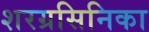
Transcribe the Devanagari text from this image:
शरग्रसिनिका